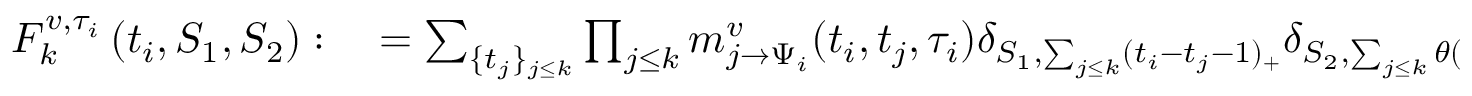
\begin{array} { r l } { F _ { k } ^ { v , \tau _ { i } } \left( t _ { i } , S _ { 1 } , S _ { 2 } \right) : } & { { } = \sum _ { \{ t _ { j } \} _ { j \leq k } } \prod _ { j \leq k } m _ { j \to \Psi _ { i } } ^ { v } ( t _ { i } , t _ { j } , \tau _ { i } ) \delta _ { S _ { 1 } , \sum _ { j \leq k } ( t _ { i } - t _ { j } - 1 ) _ { + } } \delta _ { S _ { 2 } , \sum _ { j \leq k } \theta ( t _ { i } - t _ { j } - 1 ) } } \end{array}